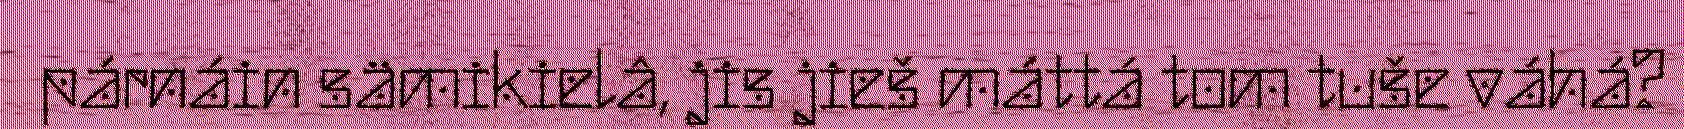
párnáin sämikielâ, jis jieš máttá tom tuše váhá?